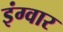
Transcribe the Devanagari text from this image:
इंग्वार